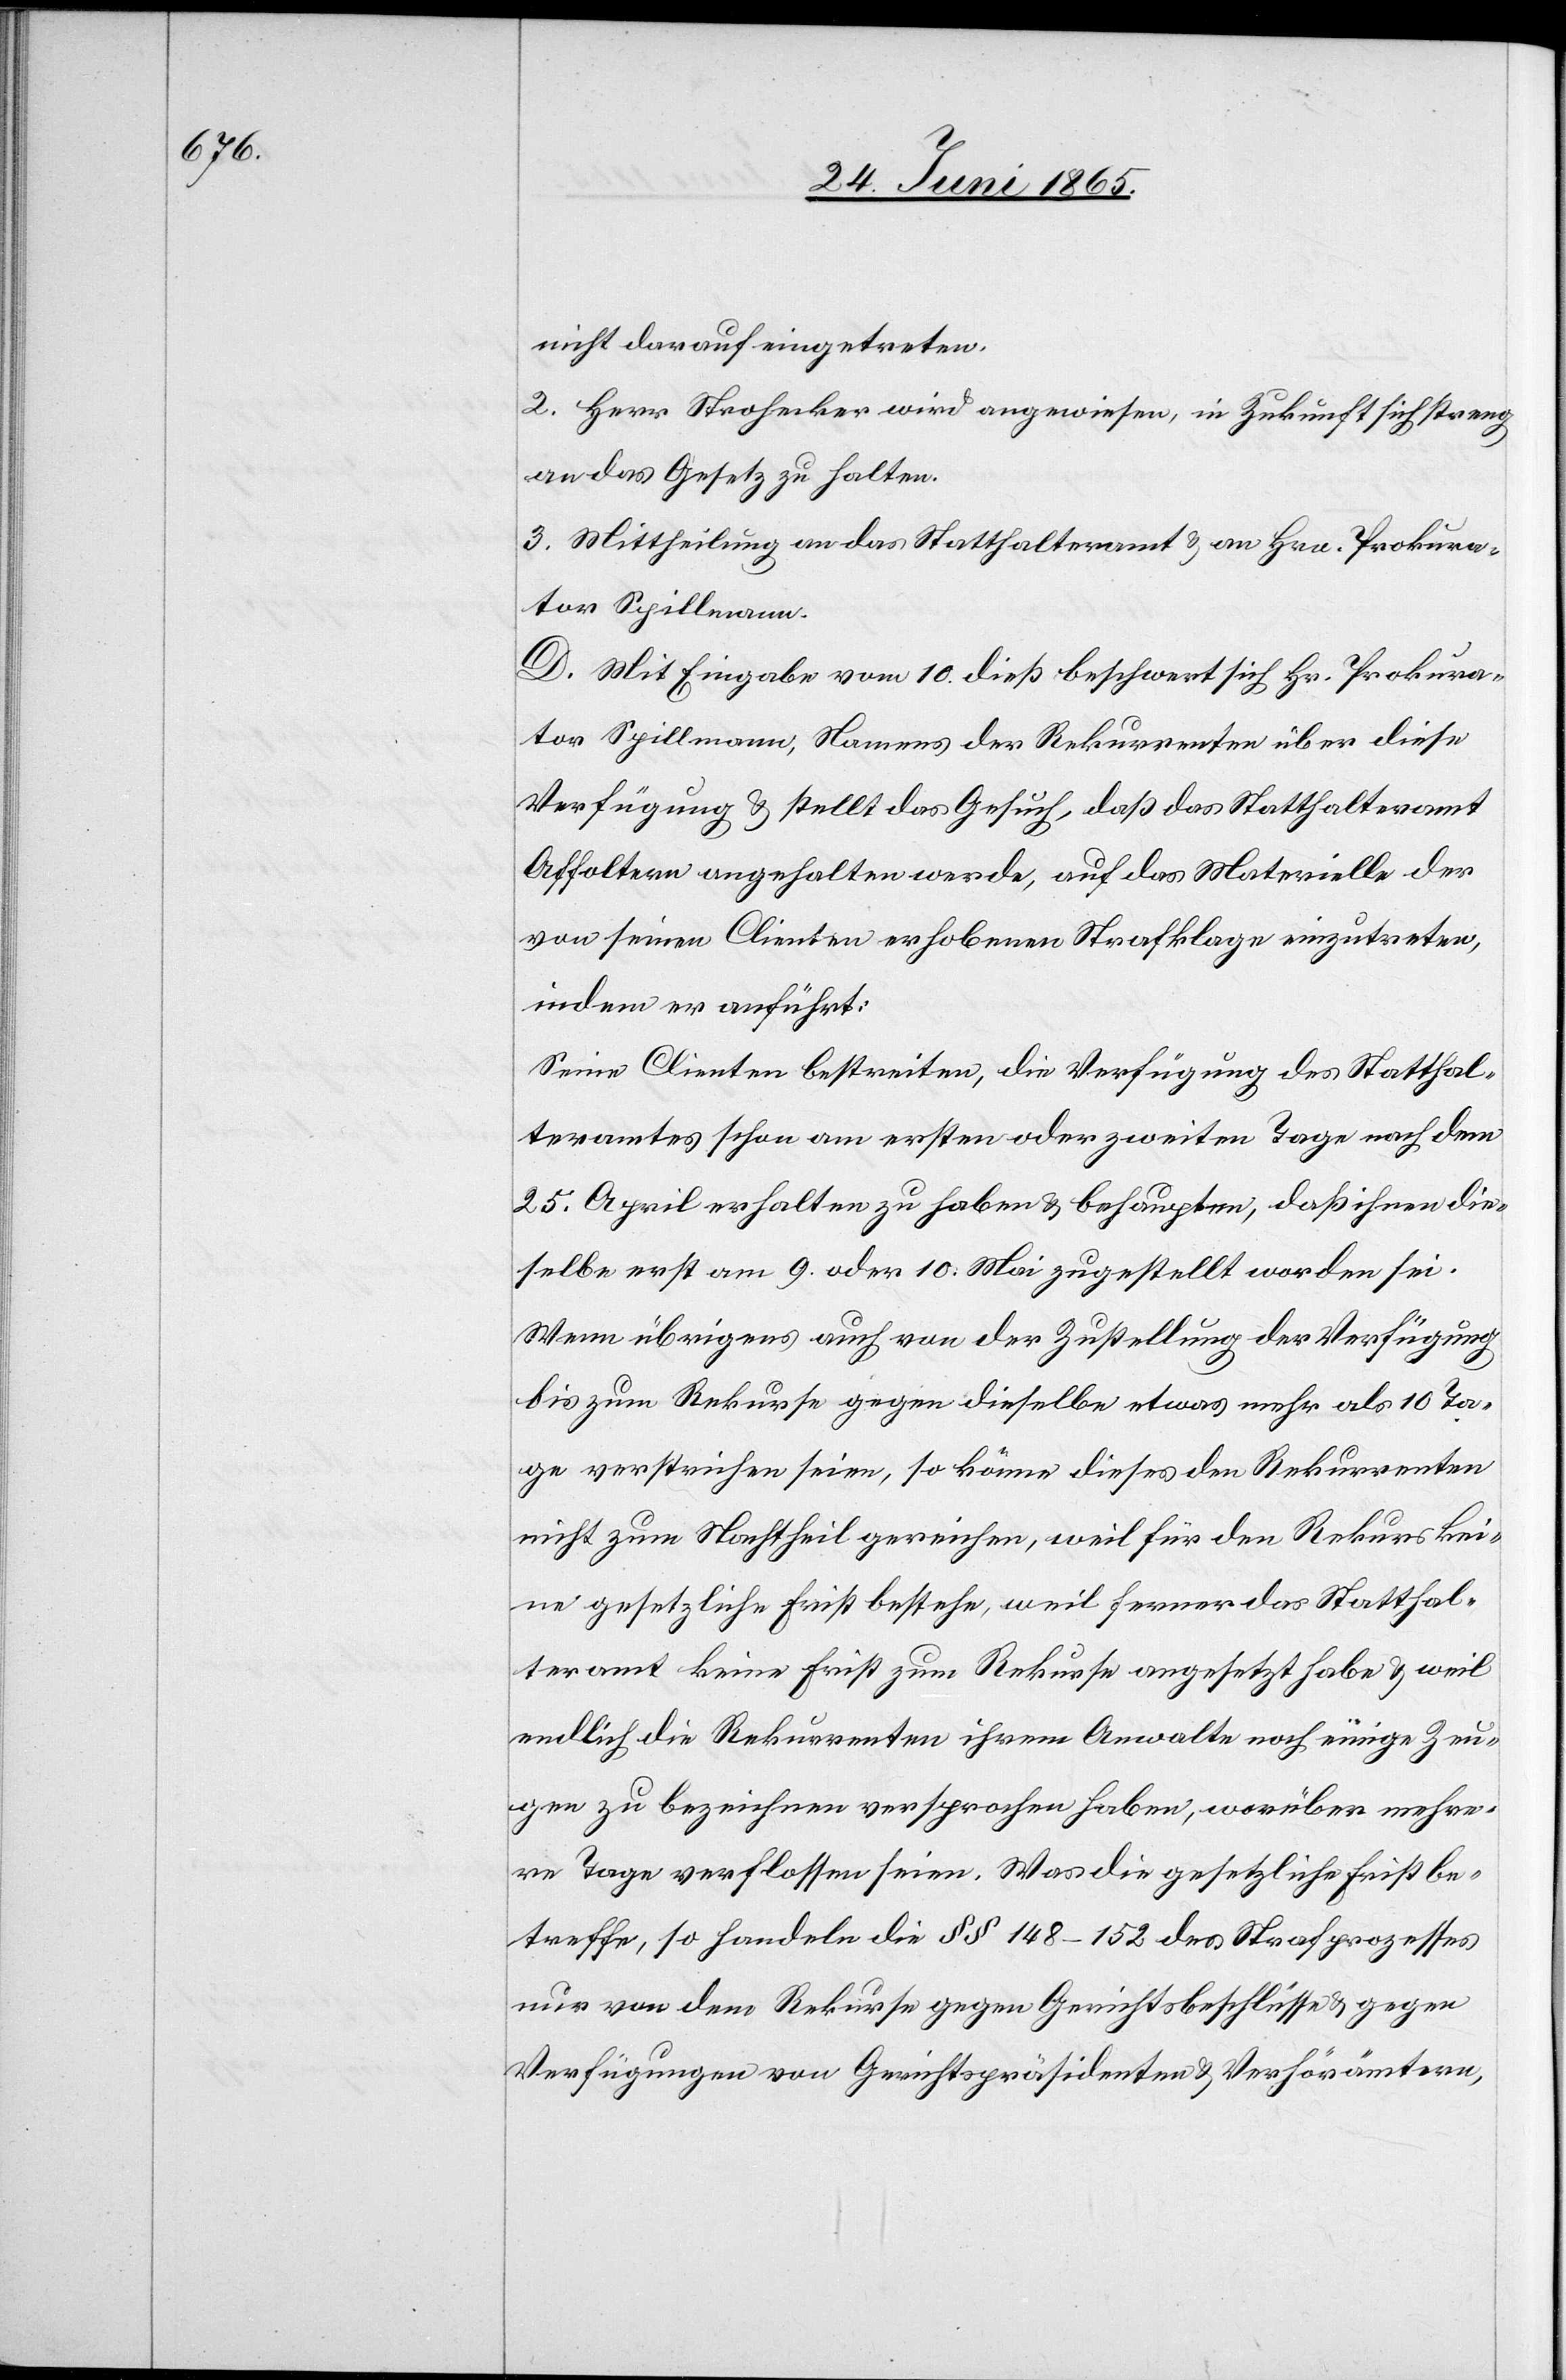
nicht darauf eingetreten.
2. Herr Strohecker wird angewiesen, in Zukunft sich streng
an das Gesetz zu halten.
3. Mittheilung an das Statthalteramt & an Hrn. Prokura¬
tor Spillmann.
D. Mit Eingabe vom 10. dieß beschwert sich Hr. Prokura¬
tor Spillmann, Namens der Rekurrenten über diese
Verfügung & stellt das Gesuch, daß das Statthalteramt
Affoltern angehalten werde, auf das Materielle der
von seinen Clienten erhobenen Strafklage einzutreten,
indem er anführt:
Seine Clienten bestreiten, die Verfügung des Statthal¬
teramtes schon am ersten oder zweiten Tage nach dem
25. April erhalten zu haben & behaupten, daß ihnen die¬
selbe erst am 9. oder 10. Mai zugestellt worden sei.
Wenn übrigens auch von der Zustellung der Verfügung
bis zum Rekurse gegen dieselbe etwas mehr als 10 Ta¬
ge verstrichen seien, so könne dieses den Rekurrenten
nicht zum Nachtheil gereichen, weil für den Rekurs kei¬
ne gesetzliche Frist bestehe, weil ferner das Statthal¬
teramt keine Frist zum Rekurse angesetzt habe & weil
endlich die Rekurrenten ihrem Anwalte noch einige Zeu¬
gen zu bezeichnen versprochen haben, worüber mehre¬
re Tage verflossen seien. Was die gesetzliche Frist be¬
treffe, so handeln die § § 418–152 des Strafprozesses
nur von dem Rekurse gegen Gerichtsbeschlüsse & gegen
Verfügungen von Gerichtspräsidenten & Verhörämtern,